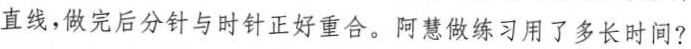
直线，做完后分针与时针正好重合。阿慧做练习用了多长时间?